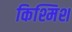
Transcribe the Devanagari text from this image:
किश्मिश